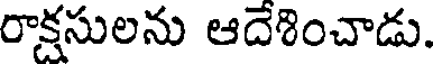
రాక్షసులను ఆదేశించాడు.